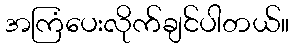
အကြံပေးလိုက်ချင်ပါတယ်။